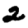
Digit: 2